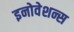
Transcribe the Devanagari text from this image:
इनोवेशन्स